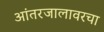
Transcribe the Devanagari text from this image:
आंतरजालावरचा